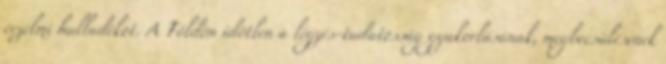
érzelmi hulladékot. A Földön időtlen a légzés-tudatosság gyakorlásának, megbecsülésének